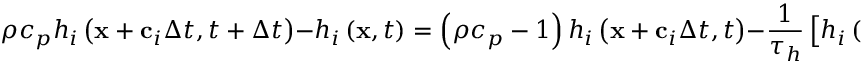
\rho { c _ { p } } { h _ { i } } \left( { { \bf { x } } + { { \bf { c } } _ { i } } \Delta t , t + \Delta t } \right) - { h _ { i } } \left( { { \bf { x } } , t } \right) = \left( { \rho { c _ { p } } - 1 } \right) { h _ { i } } \left( { { \bf { x } } + { { \bf { c } } _ { i } } \Delta t , t } \right) - \frac { 1 } { { { \tau _ { h } } } } \left[ { { h _ { i } } \left( { { \bf { x } } , t } \right) - h _ { i } ^ { e q } \left( { { \bf { x } } , t } \right) } \right] + \Delta t { \widehat F _ { i } } \left( { { \bf { x } } , t } \right) ,